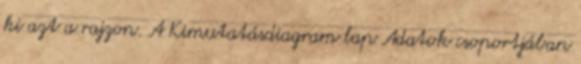
ki azt a rajzon. A Kimutatásdiagram lap Adatok csoportjában